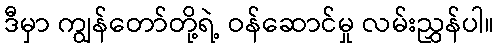
ဒီမှာ ကျွန်တော်တို့ရဲ့ ဝန်ဆောင်မှု လမ်းညွှန်ပါ။